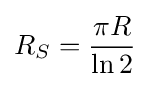
R_{S}={\frac {\pi R}{\ln 2}}